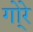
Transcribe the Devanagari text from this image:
गो्रे